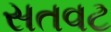
સતવટ